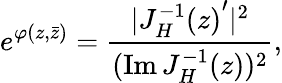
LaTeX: e^{\varphi(z,\bar{z})}={\frac{|{J_{H}^{-1}(z)}^{\prime}|^{2}}{(\mathrm{Im}\, J_{H}^{-1}(z))^{2}}},